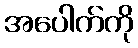
အပေါက်ကို